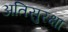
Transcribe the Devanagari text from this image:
अतिसुरक्षा